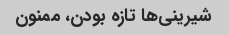
شیرینی‌ها تازه بودن، ممنون